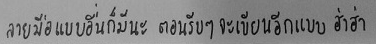
ลายมือแบบอื่นก็มีนะ ตอนรีบๆ จะเขียนอีกแบบ ฮ่าฮ่า